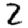
Digit: 2